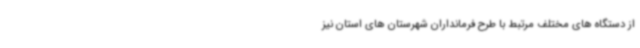
از دستگاه های مختلف مرتبط با طرح فرمانداران شهرستان های استان نیز